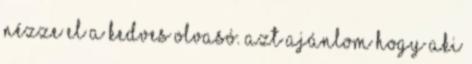
nézze el a kedves olvasó. Azt ajánlom hogy aki